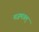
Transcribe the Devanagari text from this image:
मजमउल्